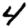
Digit: 4